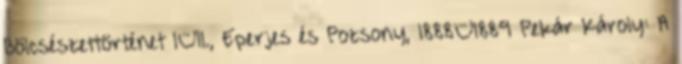
Bölcsészettörténet I–II., Eperjes és Pozsony, 1888–1889 Pekár Károly: A